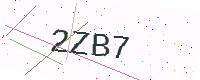
Text: 2ZB7